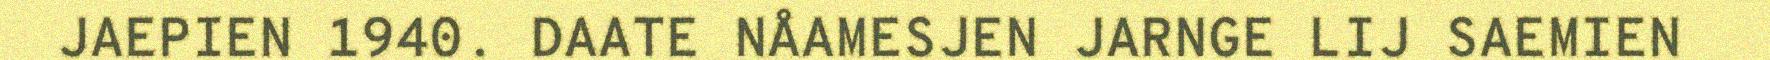
JAEPIEN 1940. DAATE NÅAMESJEN JARNGE LIJ SAEMIEN